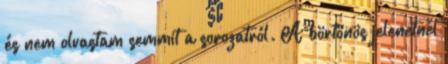
és nem olvastam semmit a sorozatról. A börtönös jelenetnél